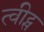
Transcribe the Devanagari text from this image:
त्वीट्स